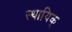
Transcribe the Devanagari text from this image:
स्थायिक्